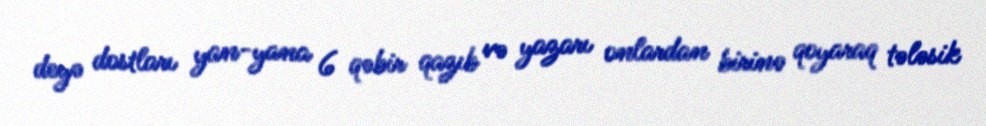
deyə dostları yan-yana 6 qəbir qazıb və yazarı onlardan birinə qoyaraq tələsik